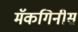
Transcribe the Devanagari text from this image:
मॅकगिनीस